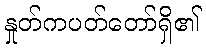
နှုတ်ကပတ်တော်ရှိ၏